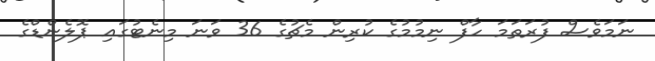
ނަމަވެސް ފުރަތަމަ ހާފް ނިމުމުގެ ކުރިން މެޗުގެ 36 ވަނަ މިނެޓުގައި ޕޮލެންޑްގެ